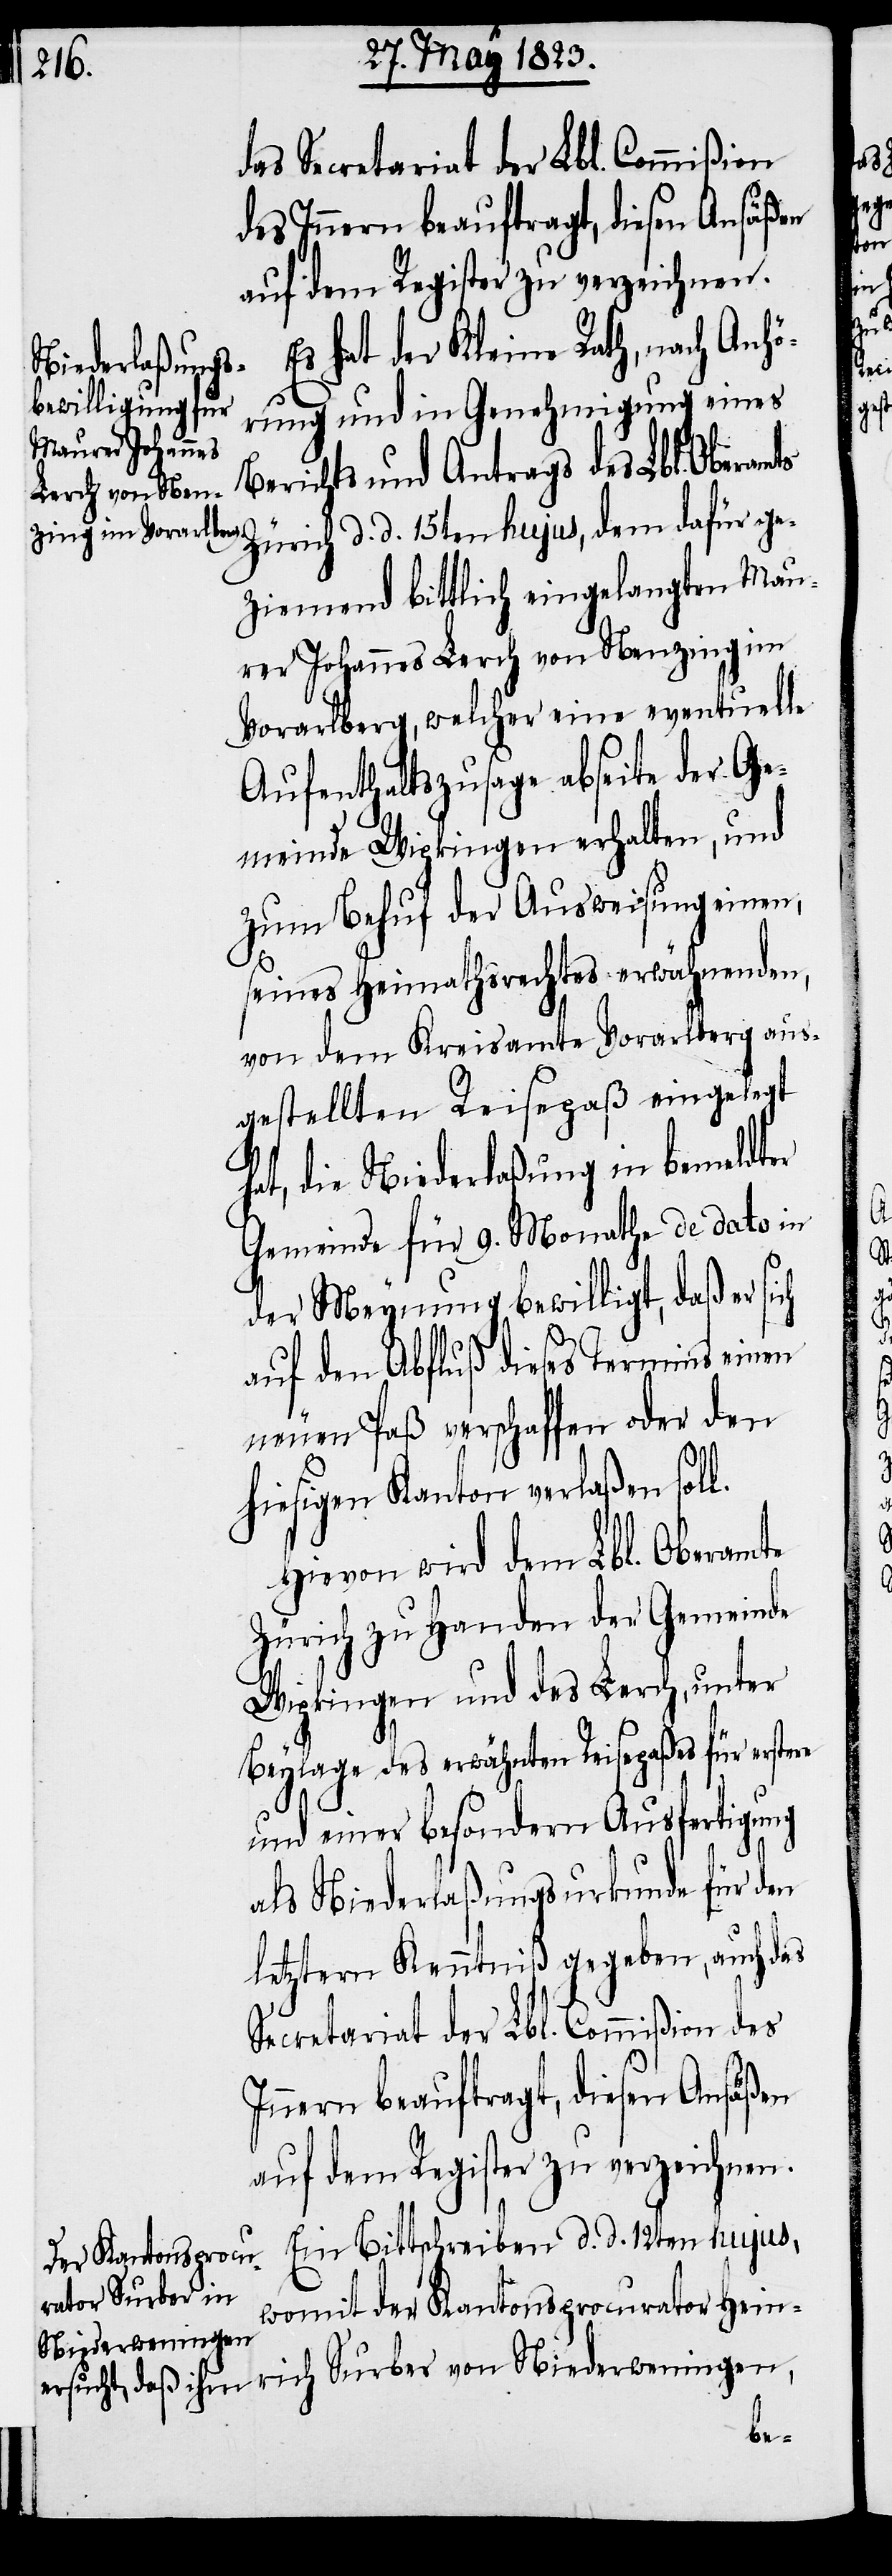
das Secretariat der Lbl. Commißion
des Innern beauftragt, diesen Ansäßen
auf dem Register zu verzeichnen.
Es hat der Kleine Rath, nach Anhö¬
rung und in Genehmigung eines
Berichts und Antrags des Lbl. Oberamts
Zürich d. d. 15ten hujus, dem dafür ge¬
ziemend bittlich eingelangten Mau¬
rer Johannes Lerch von Nenzing im
Vorarlberg, welcher eine eventuelle
Aufenthaltszusage abseite der Ge¬
meinde Wipkingen erhalten, und
zum Behuf der Ausweisung einen,
seines Heimathsrechtes erwähnenden,
von dem Kreisamte Vorarlberg aus¬
gestellten Reisepaß eingelegt
hat, die Niederlaßung in bemeldter
Gemeinde für 9. Monathe de dato in
der Meynung bewilligt, daß er sich
auf den Abfluß dieses Termins einen
neuen Paß verschaffen oder den
hiesigen Kanton verlaßen soll.
Hievon wird dem Lbl. Oberamte
Zürich zu Handen der Gemeinde
Wipkingen und des Lerch, unter
Beylage des erwähnten Reisepaßes für erstere
und einer besondern Ausfertigung
als Niederlaßungsurkunde für den
letztern Kenntniß gegeben, auch das
Secretariat der Lbl. Commißion des
Innern beauftragt, diesen Ansäßen
auf dem Register zu verzeichnen.
Ein Bittschreiben d. d. 12ten hujus,
rich Surber von
womit der Kantonsprocurator Hein¬
Niederweningen,